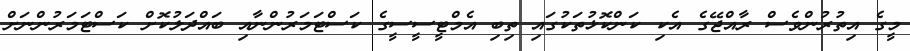
މީގެ އިތުރުންވެސް ރާއްޖޭގެ އެކި ކަންކޮޅުތަކުގައި ތިބި އެމްޓީސީސީގެ ކަސްޓަމަރުންނާއި ބައްދަލުކޮށް ކަސްޓަމަރުންނަށް